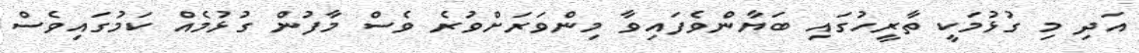
އަދި މި ގުޅުމަކީ ތާރީހުގައި ބަޔާންވެފައިވާ މިންވަރަށްވުރެ ވެސް މާފުން ގުޅުމެއް ކަމުގައިވެސް